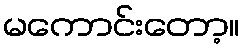
မကောင်းတော့။